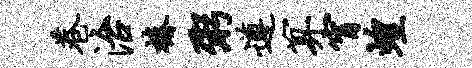
巷治椿粥遵算宵蝗